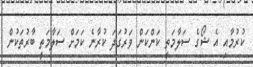
ކުރުމާއި އެ ޝޯގެ ސަލާމަތީ ކަންކަން ވަރުގަދަ ކުރާނެ ކަމަށް ސަލާމަތީ ބާރުތަކުން